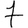
Digit: 7